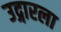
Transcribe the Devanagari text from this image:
उद्गारला